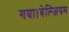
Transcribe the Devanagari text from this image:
गया।बेल्जियम